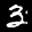
Label: 3